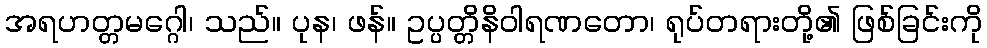
အရဟတ္တမဂ္ဂေါ၊ သည်။ ပုန၊ ဖန်။ ဥပ္ပတ္တိနိဝါရဏတော၊ ရုပ်တရားတို့၏ ဖြစ်ခြင်းကို